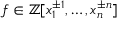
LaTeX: f \in \mathbb { Z } [ x _ { 1 } ^ { \pm 1 } , \dots , x _ { n } ^ { \pm n } ]